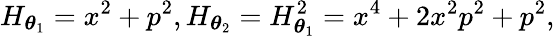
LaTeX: H_{\boldsymbol\theta_{1}}=x^{2}+p^{2},H_{\boldsymbol\theta_{2}}=H_{\boldsymbol\theta_{1}}^{2}=x^{4}+2x^{2}p^{2}+p^{2},